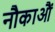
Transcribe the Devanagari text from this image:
नौकाआैं